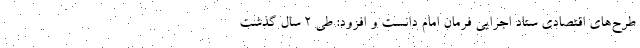
طرح‌های اقتصادی ستاد اجرایی فرمان امام دانست و افزود: طی ۲ سال گذشت